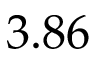
3 . 8 6